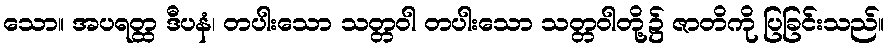
သော။ အပရတ္ထ ဒီပနံ၊ တပါးသော သတ္တဝါ တပါးသော သတ္တဝါတို့၌ ဇာတိကို ပြခြင်းသည်။